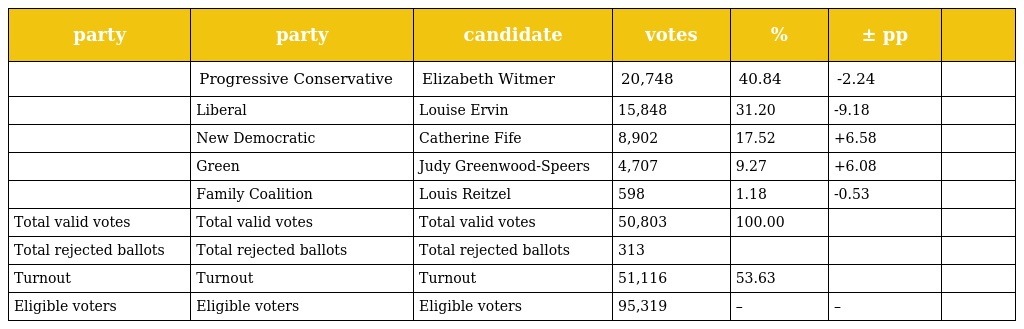
| party | party | candidate | votes | % | ± pp |  |
 | --- | --- | --- | --- | --- | --- | --- |
 |  | Progressive Conservative | Elizabeth Witmer | 20,748 | 40.84 | -2.24 |  |
 |  | Liberal | Louise Ervin | 15,848 | 31.20 | -9.18 |  |
 |  | New Democratic | Catherine Fife | 8,902 | 17.52 | +6.58 |  |
 |  | Green | Judy Greenwood-Speers | 4,707 | 9.27 | +6.08 |  |
 |  | Family Coalition | Louis Reitzel | 598 | 1.18 | -0.53 |  |
 | Total valid votes | Total valid votes | Total valid votes | 50,803 | 100.00 |  |  |
 | Total rejected ballots | Total rejected ballots | Total rejected ballots | 313 |  |  |  |
 | Turnout | Turnout | Turnout | 51,116 | 53.63 |  |  |
 | Eligible voters | Eligible voters | Eligible voters | 95,319 | – | – |  |